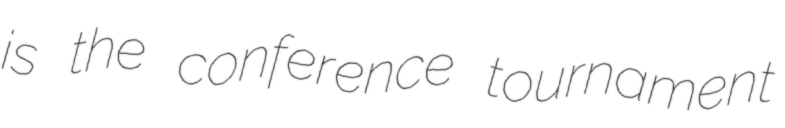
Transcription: is the conference tournament